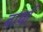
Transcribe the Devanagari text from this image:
बार्था